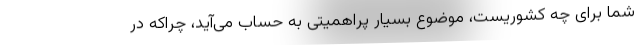
شما برای چه کشوریست، موضوع بسیار پراهمیتی‌ به حساب می‌آید، چراکه در